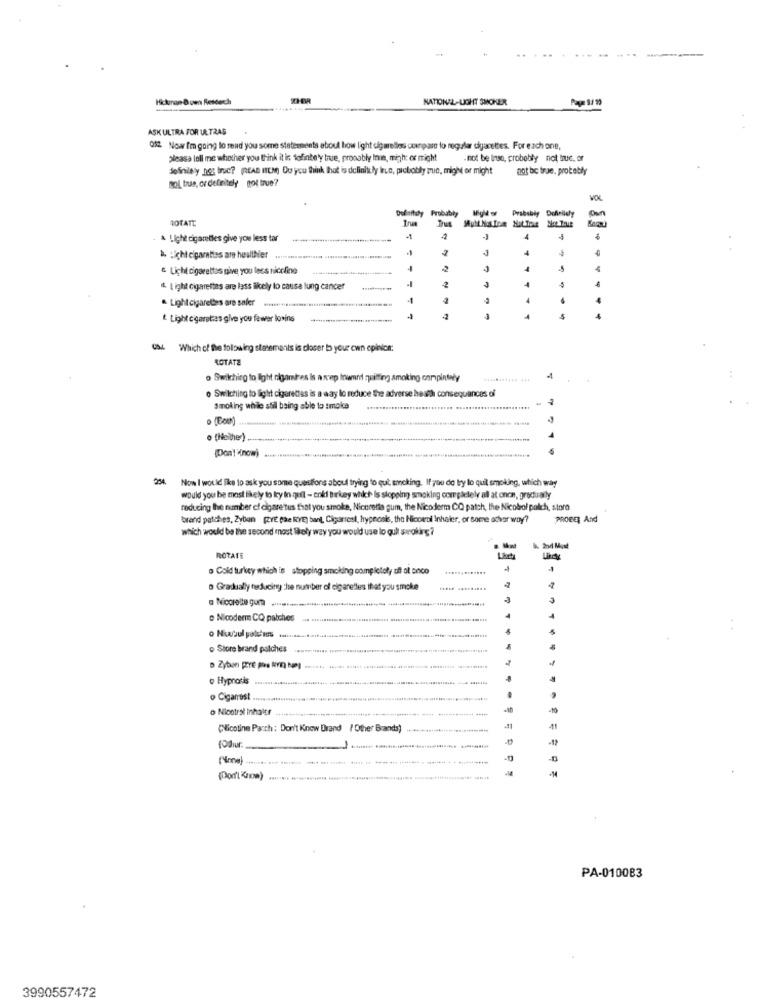
Hickman Down Rescech
NATIONAL-LIGHT SMOKER
ASK ULTRA FOR UE.TRAS
052 Now Im going to read you some statesments eboul low light cigarelins uxenpare to regular dyacettes. For each one,
please tell me whether you think it is tofinte'y true, probably Inuit, migh: or might
. not be Inso, probably not bouc. ar
definitely not true? (READ ITEM) OU you think that is dclinitu ly iruc, probably me, might or might
not be true, probably
Bol, tras, or definitely not true?
Definitely Probably
Probably Definitely
ROTATE
True
. & Light cigaretles give you less tar
.. : ichtelparties are healthier
& Licht cigarettes give you less nicoline
-2
4
-5
2
4
40
Light cigarettes are lass ilikely to causa lung cancer
Light cigarettes are safer
-1
4
& Light cigarettes give you fewer losins
2
3
T
5
GM Which of the following statements is closer to your own opinion:
ROTATE
o Switching to light olgamires is a rep Inun quitting smoking compintey
o Switching to light cigarettes is a way lo reduce the adverse heath consequancas of
Smoking while stil being able to smoke
· (Helhe)
Now I would like to ask you some questions aboul trying to quit smoking. If you do bry lo quil smoking, which way
would you be most likely to ley in qufl - enki Birkey which Is stopping smoking completely all at once, gradually
reducing the number of cigare tus frat you smoke, Nicorette gum, the Nicoderm CQ patch, the Nicobol palch, store
brand patches, Zyban give the RYE) bart, Cigarrosl, hypnosis, the Nicorol Inhaler, or some schor way?
PROPER And
which would be the second most likely way you would use lo qui avrokirg?
1. 2nd Most
ROTATE
. Cold turkey which is stopping smoking completely of ot onico
-
o Gradually tusducing the number of cigarettes that you smoke
a Nicorette gur .......
Nicoderm CQ patches
..
· Store brand patches .....
· Zyban pre mos kr b) .......
o Hypnosis ..
o Cigarrost ..
o Nicotral Inhaltr
(Nicotine Parth: Don't Know Drand / Other Brands)
11
(Don't Know)
PA-010083
3990557472